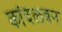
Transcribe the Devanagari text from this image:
कांदळवन